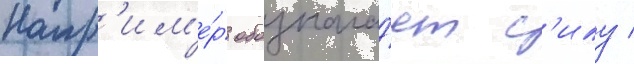
Напр'им'е́р обознача́ет с'илу /